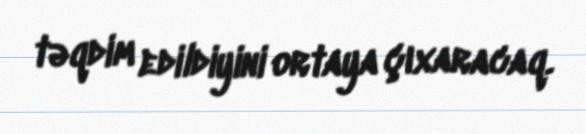
təqdim edildiyini ortaya çıxaracaq.